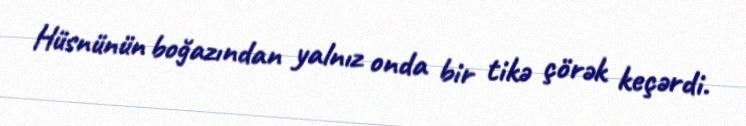
Hüsnünün boğazından yalnız onda bir tikə çörək keçərdi.